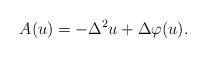
LaTeX: \begin{align*}A(u) = - \Delta^2 u + \Delta \varphi(u).\end{align*}